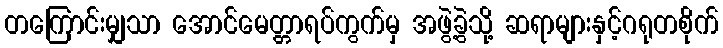
တကြောင်းမျှသာ အောင်မေတ္တာရပ်ကွက်မှ အဖွဲ့ခွဲသို့ ဆရာများနှင့်ဂရုတစိုက်